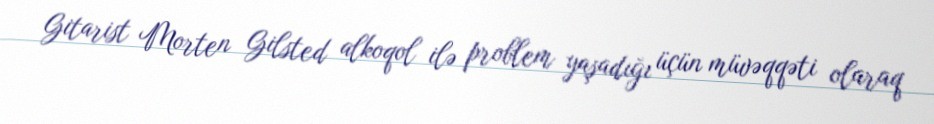
Gitarist Morten Gilsted alkoqol ilə problem yaşadığı üçün müvəqqəti olaraq